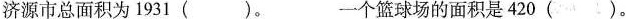
济源市总面积为1931( )。 一个篮球场的面积是420( )。